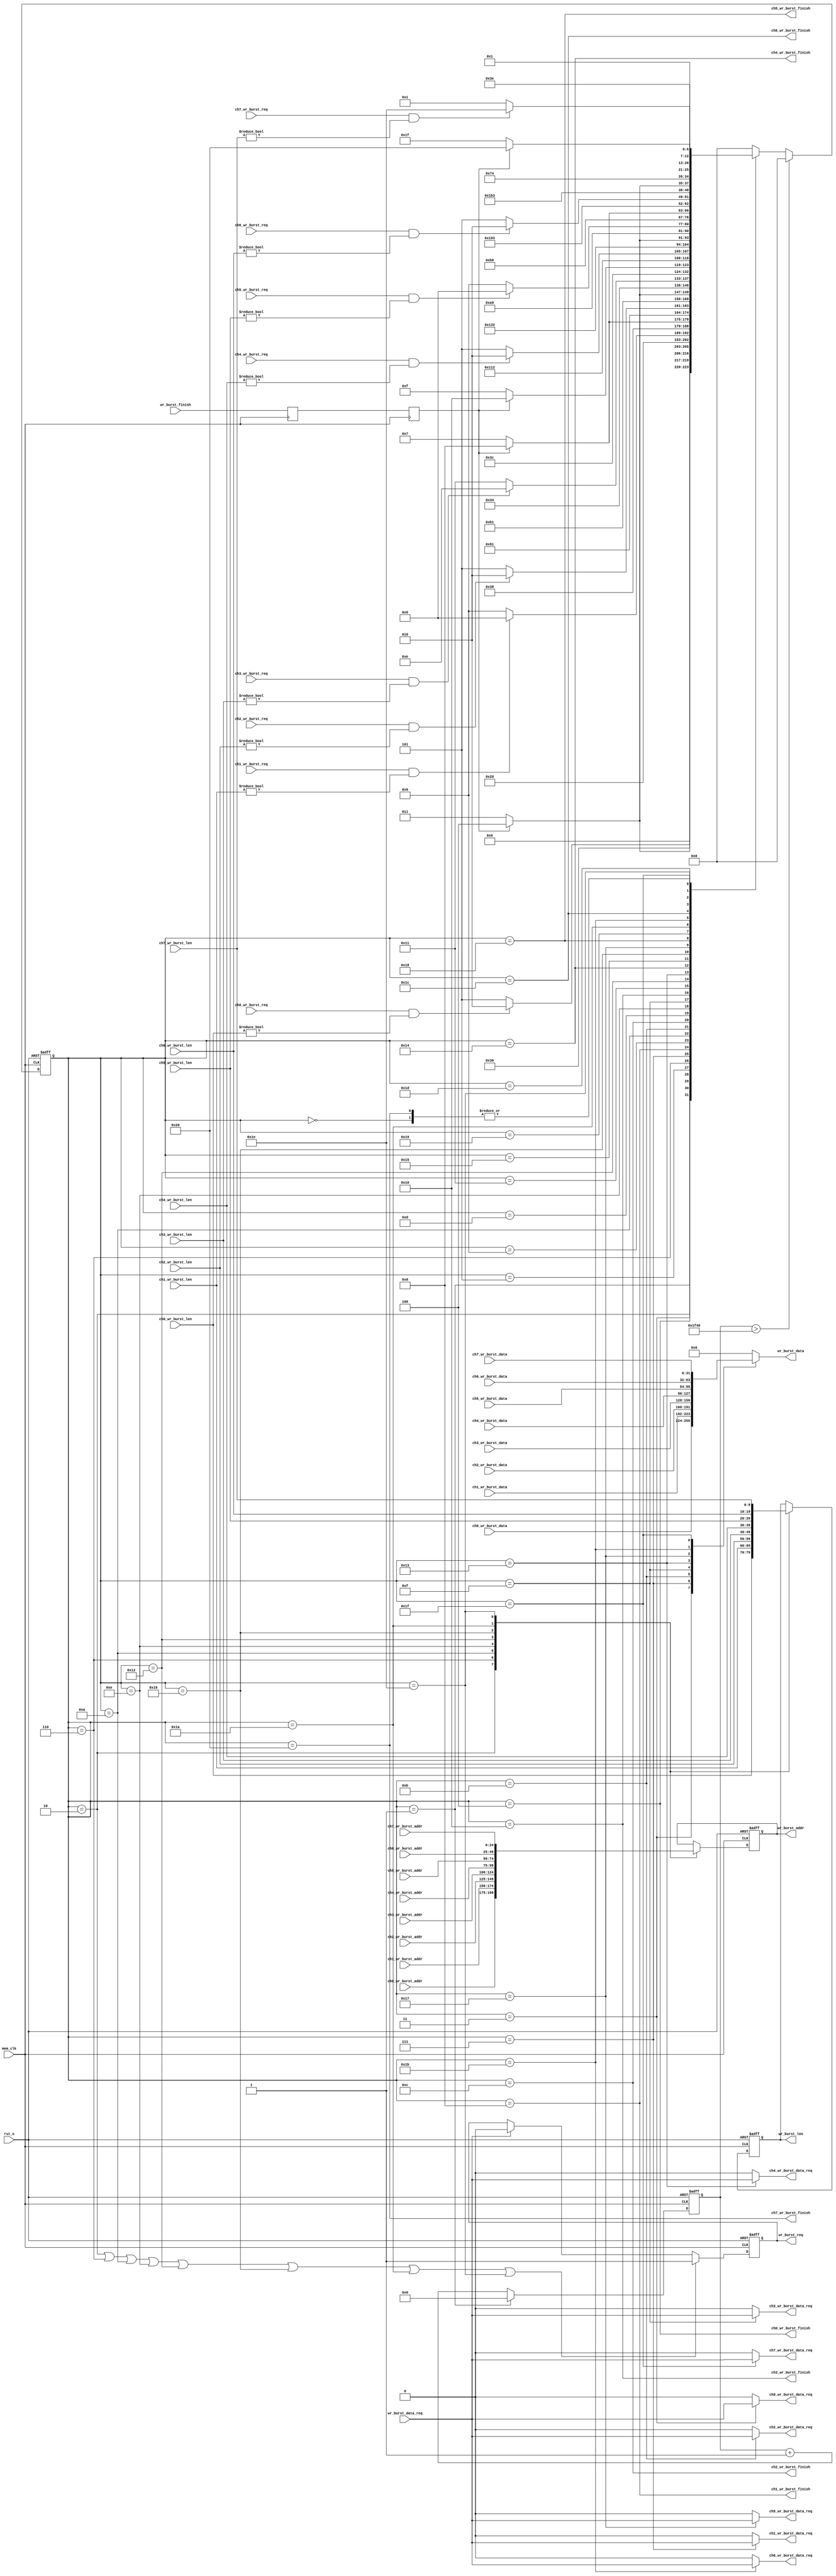
/**/
module mem_write_arbi_verb
#(
	parameter MEM_DATA_BITS = 32,
	parameter ADDR_BITS		= 25,
	parameter PINTS			= 8	
)
(
	input rst_n,
	input mem_clk,
	
	input 							ch0_wr_burst_req,
	input[9:0] 						ch0_wr_burst_len,
	input[ADDR_BITS-1:0] 			ch0_wr_burst_addr,
	output 							ch0_wr_burst_data_req,
	input[MEM_DATA_BITS - 1:0] 		ch0_wr_burst_data,
	output 							ch0_wr_burst_finish,
	
	input 							ch1_wr_burst_req,
	input[9:0] 						ch1_wr_burst_len,
	input[ADDR_BITS-1:0] 			ch1_wr_burst_addr,
	output 							ch1_wr_burst_data_req,
	input[MEM_DATA_BITS - 1:0] 		ch1_wr_burst_data,
	output 							ch1_wr_burst_finish,
	
	input 							ch2_wr_burst_req,
	input[9:0] 						ch2_wr_burst_len,
	input[ADDR_BITS-1:0] 			ch2_wr_burst_addr,
	output 							ch2_wr_burst_data_req,
	input[MEM_DATA_BITS - 1:0] 		ch2_wr_burst_data,
	output 							ch2_wr_burst_finish,
	
	input 							ch3_wr_burst_req,
	input[9:0] 						ch3_wr_burst_len,
	input[ADDR_BITS-1:0] 			ch3_wr_burst_addr,
	output 							ch3_wr_burst_data_req,
	input[MEM_DATA_BITS - 1:0] 		ch3_wr_burst_data,
	output 							ch3_wr_burst_finish,

	input 							ch4_wr_burst_req,
	input[9:0] 						ch4_wr_burst_len,
	input[ADDR_BITS-1:0] 			ch4_wr_burst_addr,
	output 							ch4_wr_burst_data_req,
	input[MEM_DATA_BITS - 1:0] 		ch4_wr_burst_data,
	output 							ch4_wr_burst_finish,
	
	input 							ch5_wr_burst_req,
	input[9:0] 						ch5_wr_burst_len,
	input[ADDR_BITS-1:0] 			ch5_wr_burst_addr,
	output 							ch5_wr_burst_data_req,
	input[MEM_DATA_BITS - 1:0] 		ch5_wr_burst_data,
	output 							ch5_wr_burst_finish,
	
	input 							ch6_wr_burst_req,
	input[9:0] 						ch6_wr_burst_len,
	input[ADDR_BITS-1:0] 			ch6_wr_burst_addr,
	output 							ch6_wr_burst_data_req,
	input[MEM_DATA_BITS - 1:0] 		ch6_wr_burst_data,
	output 							ch6_wr_burst_finish,
	
	input 							ch7_wr_burst_req,
	input[9:0] 						ch7_wr_burst_len,
	input[ADDR_BITS-1:0] 			ch7_wr_burst_addr,
	output 							ch7_wr_burst_data_req,
	input[MEM_DATA_BITS - 1:0] 		ch7_wr_burst_data,
	output 							ch7_wr_burst_finish,
	
	output reg 						wr_burst_req,
	output reg[9:0] 				wr_burst_len,
	output reg[ADDR_BITS-1:0] 		wr_burst_addr,
	input 							wr_burst_data_req,
	output reg[MEM_DATA_BITS - 1:0] wr_burst_data,
	input							wr_burst_finish	
);

reg[6:0] write_state = 7'd0;
reg[6:0] write_state_next = 7'd0;
reg[15:0] cnt_timer = 16'd0;
localparam IDLE = 6'd0;

localparam CH0_CHECK 	= 6'd1;
localparam CH0_BEGIN 	= 6'd2;
localparam CH0_WRITE 	= 6'd3;
localparam CH0_END 		= 6'd4;

localparam CH1_CHECK 	= 6'd5;
localparam CH1_BEGIN 	= 6'd6;
localparam CH1_WRITE 	= 6'd7;
localparam CH1_END 		= 6'd8;

localparam CH2_CHECK 	= 6'd9;
localparam CH2_BEGIN 	= 6'd10;
localparam CH2_WRITE 	= 6'd11;
localparam CH2_END 		= 6'd12;

localparam CH3_CHECK 	= 6'd13;
localparam CH3_BEGIN 	= 6'd14;
localparam CH3_WRITE 	= 6'd15;
localparam CH3_END 		= 6'd16;

localparam CH4_CHECK 	= 6'd1+7'd16;
localparam CH4_BEGIN 	= 6'd2+7'd16;
localparam CH4_WRITE 	= 6'd3+7'd16;
localparam CH4_END 		= 6'd4+7'd16;

localparam CH5_CHECK 	= 6'd5+7'd16;
localparam CH5_BEGIN 	= 6'd6+7'd16;
localparam CH5_WRITE 	= 6'd7+7'd16;
localparam CH5_END 		= 6'd8+7'd16;

localparam CH6_CHECK 	= 6'd9 +7'd16;
localparam CH6_BEGIN 	= 6'd10+7'd16;
localparam CH6_WRITE 	= 6'd11+7'd16;
localparam CH6_END 		= 6'd12+7'd16;

localparam CH7_CHECK 	= 6'd13+7'd16;
localparam CH7_BEGIN 	= 6'd14+7'd16;
localparam CH7_WRITE 	= 6'd15+7'd16;
localparam CH7_END 		= 6'd16+7'd16;

reg wr_burst_finish_d0;
reg wr_burst_finish_d1;
always@(posedge mem_clk)
begin
	wr_burst_finish_d0 <= wr_burst_finish;
	wr_burst_finish_d1 <= wr_burst_finish_d0;
end

always@(posedge mem_clk or negedge rst_n)
begin
	if(~rst_n)
		write_state <= IDLE;
	else if(cnt_timer > 16'd8000)
		write_state <= IDLE;
	else
		write_state <= write_state_next;
end

always@(posedge mem_clk or negedge rst_n)
begin
	if(~rst_n)
		cnt_timer <= 16'd0;
	else if(write_state == CH0_CHECK)
		cnt_timer <= 16'd0;
	else
		cnt_timer <= cnt_timer + 16'd1;
end

always@(*)
begin
	case(write_state)
		IDLE:
			write_state_next <= CH0_CHECK;
		//---->> 0 - 3 <<---
		CH0_CHECK:
			if(ch0_wr_burst_req  && ch0_wr_burst_len != 10'd0)
				write_state_next <= CH0_BEGIN;
			else
				write_state_next <= CH1_CHECK;
		CH0_BEGIN:
			write_state_next <= CH0_WRITE;
		CH0_WRITE:
			if(wr_burst_finish_d1)
				write_state_next <= CH0_END;
			else
				write_state_next <= CH0_WRITE;
		CH0_END:
			write_state_next <= CH1_CHECK;
		//	
		CH1_CHECK:
			if(ch1_wr_burst_req && ch1_wr_burst_len != 10'd0)
				write_state_next <= CH1_BEGIN;
			else
				write_state_next <= (PINTS!=2)? CH2_CHECK : CH0_CHECK;
		CH1_BEGIN:
			write_state_next <= CH1_WRITE;
		CH1_WRITE:
			if(wr_burst_finish_d1)
				write_state_next <= CH1_END;
			else
				write_state_next <= CH1_WRITE;
		CH1_END:
			write_state_next <= (PINTS!=2)? CH2_CHECK : CH0_CHECK;
		//	
		CH2_CHECK:
			if(ch2_wr_burst_req && ch2_wr_burst_len != 10'd0)
				write_state_next <= CH2_BEGIN;
			else
				write_state_next <= (PINTS!=3)? CH3_CHECK : CH0_CHECK;
		CH2_BEGIN:
			write_state_next <= CH2_WRITE;
		CH2_WRITE:
			if(wr_burst_finish_d1)
				write_state_next <= CH2_END;
			else
				write_state_next <= CH2_WRITE;
		CH2_END:
			write_state_next <= (PINTS!=3)? CH3_CHECK : CH0_CHECK;
		//	
		CH3_CHECK:
			if(ch3_wr_burst_req && ch3_wr_burst_len != 10'd0)
				write_state_next <= CH3_BEGIN;
			else
				write_state_next <= (PINTS!=4)? CH4_CHECK : CH0_CHECK;
		CH3_BEGIN:
			write_state_next <= CH3_WRITE;
		CH3_WRITE:
			if(wr_burst_finish_d1)
				write_state_next <= CH3_END;
			else
				write_state_next <= CH3_WRITE;
		CH3_END:
			write_state_next <= (PINTS!=4)? CH4_CHECK : CH0_CHECK;
		//---<< 0 - 3 >>---
		//---->> 0 - 3 <<---
		CH4_CHECK:
			if(ch4_wr_burst_req  && ch4_wr_burst_len != 10'd0)
				write_state_next <= CH4_BEGIN;
			else
				write_state_next <= (PINTS!=5)? CH5_CHECK : CH0_CHECK;
		CH4_BEGIN:
			write_state_next <= CH4_WRITE;
		CH4_WRITE:
			if(wr_burst_finish_d1)
				write_state_next <= CH4_END;
			else
				write_state_next <= CH4_WRITE;
		CH4_END:
			write_state_next <= (PINTS!=5)? CH5_CHECK : CH0_CHECK;
		//	
		CH5_CHECK:
			if(ch5_wr_burst_req && ch5_wr_burst_len != 10'd0)
				write_state_next <= CH5_BEGIN;
			else
				write_state_next <= (PINTS!=6)? CH6_CHECK : CH0_CHECK;
		CH5_BEGIN:
			write_state_next <= CH5_WRITE;
		CH5_WRITE:
			if(wr_burst_finish_d1)
				write_state_next <= CH5_END;
			else
				write_state_next <= CH5_WRITE;
		CH5_END:
			write_state_next <= (PINTS!=6)? CH6_CHECK : CH0_CHECK;
		//	
		CH6_CHECK:
			if(ch6_wr_burst_req && ch6_wr_burst_len != 10'd0)
				write_state_next <= CH6_BEGIN;
			else
				write_state_next <= (PINTS!=7)? CH7_CHECK : CH0_CHECK;
		CH6_BEGIN:
			write_state_next <= CH6_WRITE;
		CH6_WRITE:
			if(wr_burst_finish_d1)
				write_state_next <= CH6_END;
			else
				write_state_next <= CH6_WRITE;
		CH6_END:
			write_state_next <= (PINTS!=7)? CH7_CHECK : CH0_CHECK;
		//	
		CH7_CHECK:
			if(ch7_wr_burst_req && ch7_wr_burst_len != 10'd0)
				write_state_next <= CH7_BEGIN;
			else
				write_state_next <= CH0_CHECK;
		CH7_BEGIN:
			write_state_next <= CH7_WRITE;
		CH7_WRITE:
			if(wr_burst_finish_d1)
				write_state_next <= CH7_END;
			else
				write_state_next <= CH7_WRITE;
		CH7_END:
			write_state_next <= CH0_CHECK;
		//---<< 0 - 3 >>---
		default:
			write_state_next <= IDLE;
	endcase
end

always@(posedge mem_clk or negedge rst_n)
begin
	if(~rst_n)
		begin
			wr_burst_len <= 10'd0;
			wr_burst_addr <= {ADDR_BITS{1'b0}};
		end
	else
		begin
			case(write_state)
				CH0_BEGIN:
					begin
						wr_burst_len <= ch0_wr_burst_len;
						wr_burst_addr <= ch0_wr_burst_addr;
					end
				CH1_BEGIN:
					begin
						wr_burst_len <= ch1_wr_burst_len;
						wr_burst_addr <= ch1_wr_burst_addr;
					end
				CH2_BEGIN:
					begin
						wr_burst_len <= ch2_wr_burst_len;
						wr_burst_addr <= ch2_wr_burst_addr;
					end
				CH3_BEGIN:
					begin
						wr_burst_len <= ch3_wr_burst_len;
						wr_burst_addr <= ch3_wr_burst_addr;
					end				
				CH4_BEGIN:
					begin
						wr_burst_len <= ch4_wr_burst_len;
						wr_burst_addr <= ch4_wr_burst_addr;
					end
				CH5_BEGIN:
					begin
						wr_burst_len <= ch5_wr_burst_len;
						wr_burst_addr <= ch5_wr_burst_addr;
					end
				CH6_BEGIN:
					begin
						wr_burst_len <= ch6_wr_burst_len;
						wr_burst_addr <= ch6_wr_burst_addr;
					end
				CH7_BEGIN:
					begin
						wr_burst_len <= ch7_wr_burst_len;
						wr_burst_addr <= ch7_wr_burst_addr;
					end				
				default:
					begin
						wr_burst_len <= wr_burst_len;
						wr_burst_addr <= wr_burst_addr;
					end
			endcase
		end
end

always@(posedge mem_clk or negedge rst_n)
begin
	if(~rst_n)
		wr_burst_req <= 1'b0;
	else if(	write_state == CH0_BEGIN || write_state == CH1_BEGIN || write_state == CH2_BEGIN || write_state == CH3_BEGIN || 
				write_state == CH4_BEGIN || write_state == CH5_BEGIN || write_state == CH6_BEGIN || write_state == CH7_BEGIN)
		wr_burst_req <= 1'b1;
	else if(wr_burst_data_req)
		wr_burst_req <= 1'b0;
	else
		wr_burst_req <= wr_burst_req;
end
always@(*)
begin
	case(write_state)
		CH0_WRITE:
			wr_burst_data <= ch0_wr_burst_data;
		CH1_WRITE:
			wr_burst_data <= ch1_wr_burst_data;
		CH2_WRITE:
			wr_burst_data <= ch2_wr_burst_data;
		CH3_WRITE:
			wr_burst_data <= ch3_wr_burst_data;
		CH4_WRITE:
			wr_burst_data <= ch4_wr_burst_data;
		CH5_WRITE:
			wr_burst_data <= ch5_wr_burst_data;
		CH6_WRITE:
			wr_burst_data <= ch6_wr_burst_data;
		CH7_WRITE:
			wr_burst_data <= ch7_wr_burst_data;	
		default:
			wr_burst_data <= {MEM_DATA_BITS{1'd0}};
	endcase
end
//--->> 0 - 3 <<----
assign ch0_wr_burst_finish = (write_state == CH0_END);
assign ch1_wr_burst_finish = (write_state == CH1_END);
assign ch2_wr_burst_finish = (write_state == CH2_END);
assign ch3_wr_burst_finish = (write_state == CH3_END);

assign ch0_wr_burst_data_req = (write_state == CH0_WRITE) ? wr_burst_data_req : 1'b0;
assign ch1_wr_burst_data_req = (write_state == CH1_WRITE) ? wr_burst_data_req : 1'b0;
assign ch2_wr_burst_data_req = (write_state == CH2_WRITE) ? wr_burst_data_req : 1'b0;
assign ch3_wr_burst_data_req = (write_state == CH3_WRITE) ? wr_burst_data_req : 1'b0;
//--->> 4 - 7 <<----
assign ch4_wr_burst_finish = (write_state == CH4_END);
assign ch5_wr_burst_finish = (write_state == CH5_END);
assign ch6_wr_burst_finish = (write_state == CH6_END);
assign ch7_wr_burst_finish = (write_state == CH7_END);

assign ch4_wr_burst_data_req = (write_state == CH4_WRITE) ? wr_burst_data_req : 1'b0;
assign ch5_wr_burst_data_req = (write_state == CH5_WRITE) ? wr_burst_data_req : 1'b0;
assign ch6_wr_burst_data_req = (write_state == CH6_WRITE) ? wr_burst_data_req : 1'b0;
assign ch7_wr_burst_data_req = (write_state == CH7_WRITE) ? wr_burst_data_req : 1'b0;

endmodule